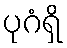
ပုဂံရှိ